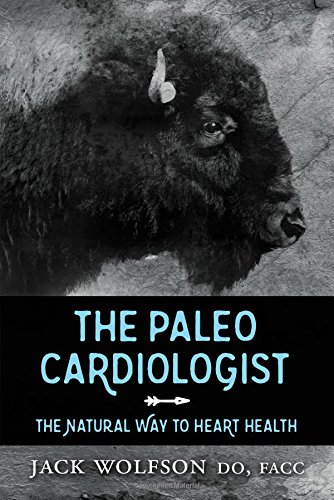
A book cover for The Paleo Cardiologist: The Natural Way to Heart Health; Jack Wolfson; Health, Fitness & Dieting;